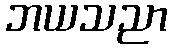
ဘယသညာ